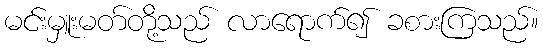
မင်းမှူးမတ်တို့သည် လာရောက်၍ ခစားကြသည်။